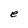
Character: e